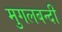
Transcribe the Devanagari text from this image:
मुगलबन्दी